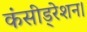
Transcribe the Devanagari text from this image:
कंसीड्रेशन।